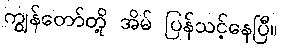
ကျွန်တော်တို့ အိမ် ပြန်သင့်နေပြီ။